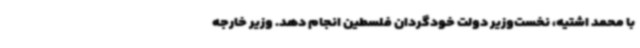
با محمد اشتیه، نخست‌وزیر دولت خودگردان فلسطین انجام دهد. وزیر خارجه